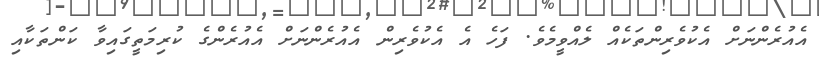
އެއުރެންނަށް އެކުވެރިންތަކެއް ލެއްވީމެވެ. ފަހެ އެ އެކުވެރިން އެއުރެންނަށް އެއުރެންގެ ކުރިމަތީގައިވާ ކަންތަކާއި